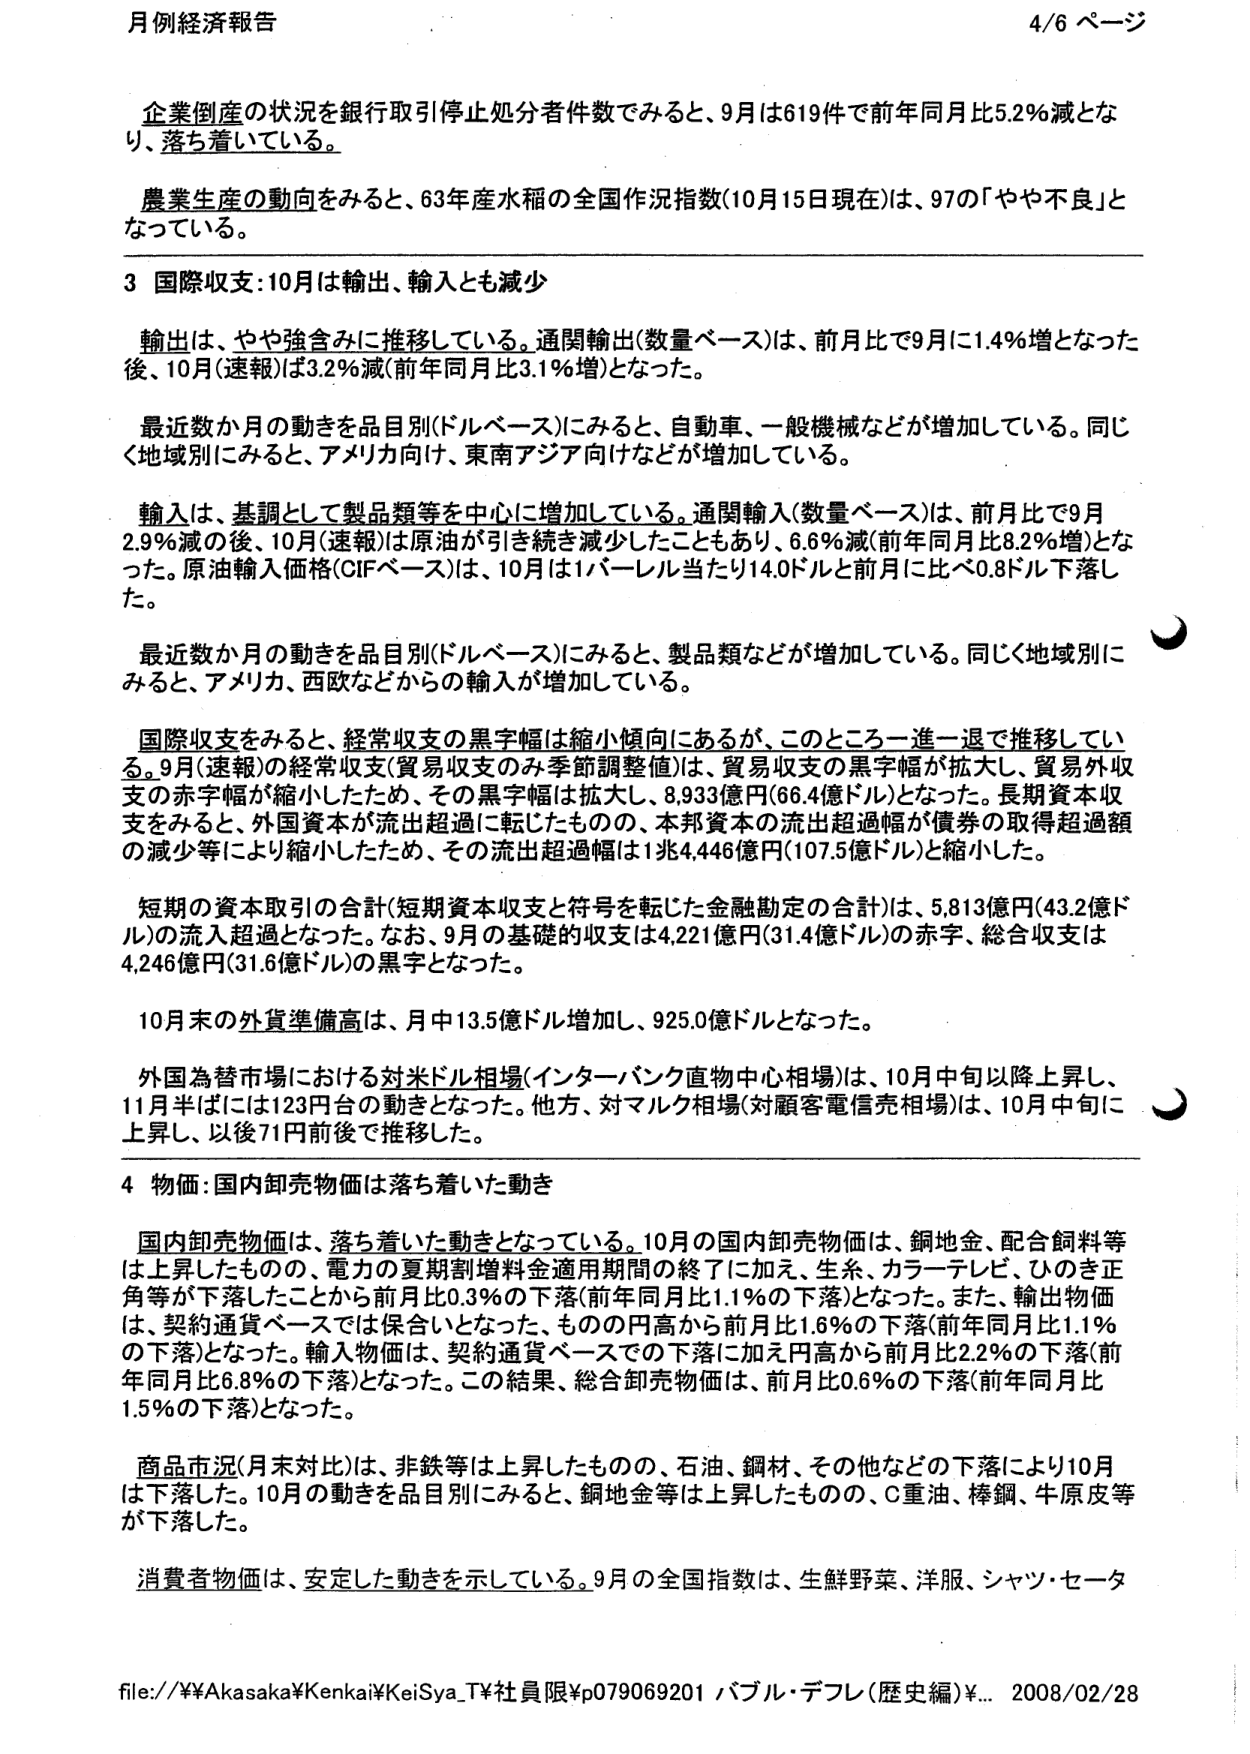
月例経済報告 4/6 ページ

企業倒産の状況を銀行取引停止処分者件数でみると、9月は619件で前年同月比5.2％減となり、落ち着いている。

農業生産の動向をみると、63年産水稻の全国作況指数（10月15日現在）は、97の「やや不良」となっている。

3 国際収支：10月は輸出、輸入とも減少

輸出は、やや強含みに推移している。通関輸出（数量ベース）は、前月比で9月に1.4％増となった後、10月（速報）は3.2％減（前年同月比3.1％増）となった。

最近数か月の動きを品目別（ドルベース）にみると、自動車、一般機械などが増加している。同じく地域別にみると、アメリカ向け、東南アジア向けなどが増加している。

輸入は、基調として製品類等を中心に増加している。通関輸入（数量ベース）は、前月比で9月2.9％減の後、10月（速報）は原油が引き続き減少したこともあり、6.6％減（前年同月比8.2％増）となった。原油輸入価格（CIFベース）は、10月は1バレル当たり14.0ドルと前月に比べ0.8ドル下落した。

最近数か月の動きを品目別（ドルベース）にみると、製品類などが増加している。同じく地域別にみると、アメリカ、西欧などからの輸入が増加している。

国際収支をみると、経常収支の黒字幅は縮小傾向にあるが、このところ一進一退で推移している。9月（速報）の経常収支（貿易収支のみ季節調整値）は、貿易収支の黒字幅が拡大し、貿易外収支の赤字幅が縮小したため、その黒字幅は拡大し、8,933億円（66.4億ドル）となった。長期資本収支をみると、外国資本が流出超過に転じたものの、本邦資本の流出超過幅が債券の取得超過額の減少等により縮小したため、その流出超過幅は1兆4,446億円（107.5億ドル）と縮小した。

短期の資本取引の合計（短期資本収支と符号を転じた金融勘定の合計）は、5,813億円（43.2億ドル）の流入超過となった。なお、9月の基礎的収支は4,221億円（31.4億ドル）の赤字、総合収支は4,246億円（31.6億ドル）の黒字となった。

10月末の外貨準備高は、月中13.5億ドル増加し、925.0億ドルとなった。

外国為替市場における対米ドル相場（インターバンク直物中心相場）は、10月中旬以降上昇し、11月半ばには123円台の動きとなった。他方、対マルク相場（対顧客電信売相場）は、10月中旬に上昇し、以後71円前後で推移した。

4 物価：国内卸売物価は落ち着いた動き

国内卸売物価は、落ち着いた動きとなっている。10月の国内卸売物価は、銅地金、配合飼料等は上昇したものの、電力の夏期割増料金適用期間の終了に加え、生糸、カラーテレビ、ひのき正角等が下落したことから前月比0.3％の下落（前年同月比1.1％の下落）となった。また、輸出物価は、契約通貨ベースでは保合いとなった、ものの円高から前月比1.6％の下落（前年同月比1.1％の下落）となった。輸入物価は、契約通貨ベースでの下落に加え円高から前月比2.2％の下落（前年同月比6.8％の下落）となった。この結果、総合卸売物価は、前月比0.6％の下落（前年同月比1.5％の下落）となった。

商品市況（月末対比）は、非鉄等は上昇したものの、石油、鋼材、その他などの下落により10月は下落した。10月の動きを品目別にみると、銅地金等は上昇したものの、C重油、棒鋼、牛原皮等が下落した。

消費者物価は、安定した動きを示している。9月の全国指数は、生鮮野菜、洋服、シャツ・セータ

file://¥¥Akasaka¥Kenkai¥KeiSya_T¥社員限¥p079069201 バブル・デフレ（歴史編）¥... 2008/02/28